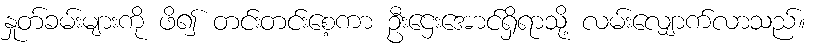
နှုတ်ခမ်းများကို ဖိ၍ တင်းတင်းစေ့ကာ ဦးဌေးအောင်ရှိရာသို့ လမ်းလျှောက်လာသည်။